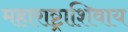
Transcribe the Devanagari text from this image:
महाराष्ट्राशिवाय